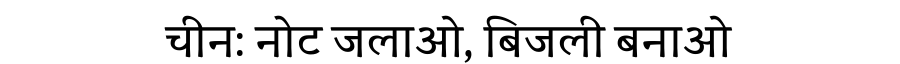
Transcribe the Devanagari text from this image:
चीन: नोट जलाओ, बिजली बनाओ